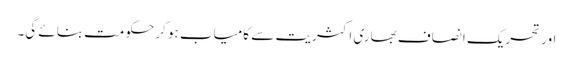
اور تحریک انصاف بھاری اکثریت سے کامیاب ہو کر حکومت بنائے گی۔